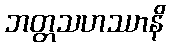
ဘတ္တသဟဿာနိ